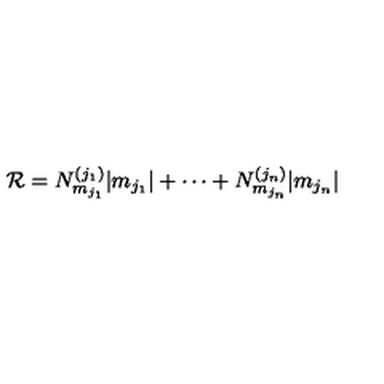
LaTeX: { \mathcal R } = N _ { m _ { j _ { 1 } } } ^ { ( j _ { 1 } ) } | m _ { j _ { 1 } } | + \cdots + N _ { m _ { j _ { n } } } ^ { ( j _ { n } ) } | m _ { j _ { n } } |